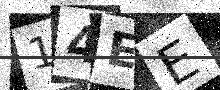
Text: 14EE